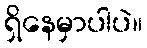
ရှိနေမှာပါပဲ။